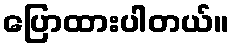
ပြောထားပါတယ်။